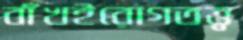
বাঁখইরোগতত্ত্ব